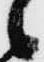
候